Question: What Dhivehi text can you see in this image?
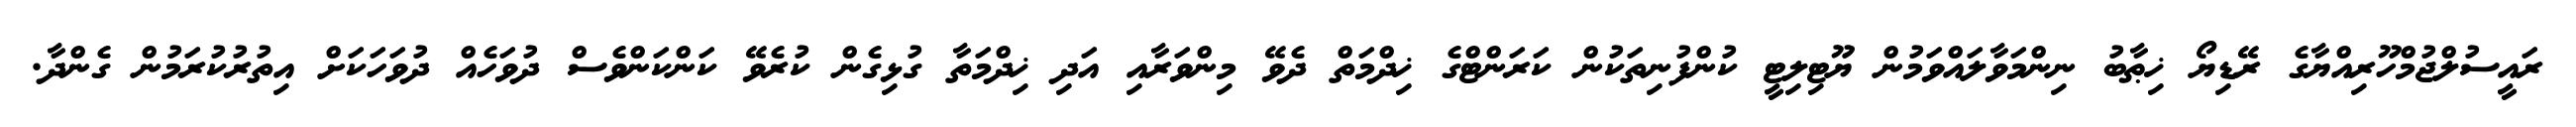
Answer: ރައީސުލްޖުމްހޫރިއްޔާގެ ރޭޑިޔޯ ޚިޠާބު ނިންމަވާލައްވަމުން ޔޫޓިލިޓީ ކުންފުނިތަކުން ކަރަންޓްގެ ޚިދްމަތް ދެވޭ މިންވަރާއި އަދި ޚިދްމަތާ ގުޅިގެން ކުރެވޭ ކަންކަންވެސް ދުވަހެއް ދުވަހަކަށް އިތުރުކުރަމުން ގެންދާ.